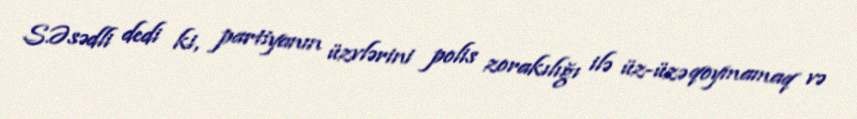
S.Əsədli dedi ki, partiyanın üzvlərini polis zorakılığı ilə üz-üzə qoymamaq və